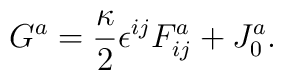
G^a = \frac{\kappa}{2}\epsilon^{ij}F_{ij}^a + J_0^a.